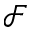
\mathcal { F }